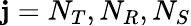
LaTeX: \mathbf{j}=N_{T},N_{R},N_{S}